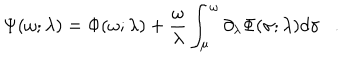
LaTeX: \Psi ( \omega ; \lambda ) = \Phi ( \omega ; \lambda ) + { \frac { \omega } { \lambda } } \int _ { \mu } ^ { \omega } \partial _ { \lambda } \Phi ( \sigma ; \lambda ) d \sigma .